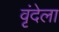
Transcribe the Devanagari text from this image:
वृंदेला